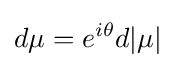
d\mu =e^{i\theta }d|\mu |